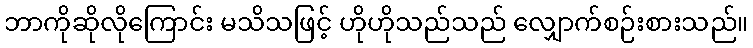
ဘာကိုဆိုလိုကြောင်း မသိသဖြင့် ဟိုဟိုသည်သည် လျှောက်စဉ်းစားသည်။